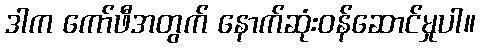
ဒါက ကော်ဖီအတွက် နောက်ဆုံးဝန်ဆောင်မှုပါ။